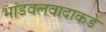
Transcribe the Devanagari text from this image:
भांडवलवादाकडे